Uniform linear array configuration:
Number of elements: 48
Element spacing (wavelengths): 0.25
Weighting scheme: binomial
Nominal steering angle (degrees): -30
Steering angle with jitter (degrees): -29.959
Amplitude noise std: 0.05
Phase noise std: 0.05

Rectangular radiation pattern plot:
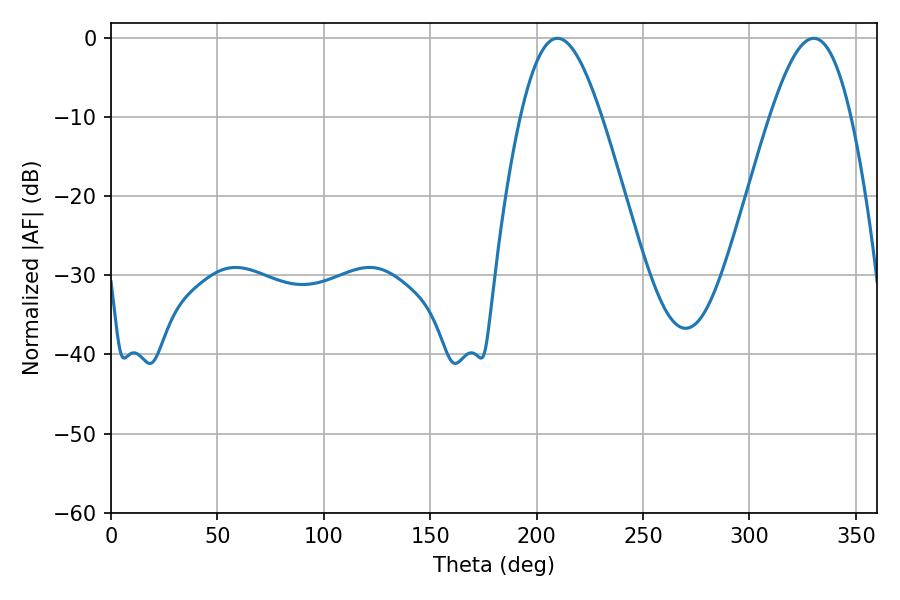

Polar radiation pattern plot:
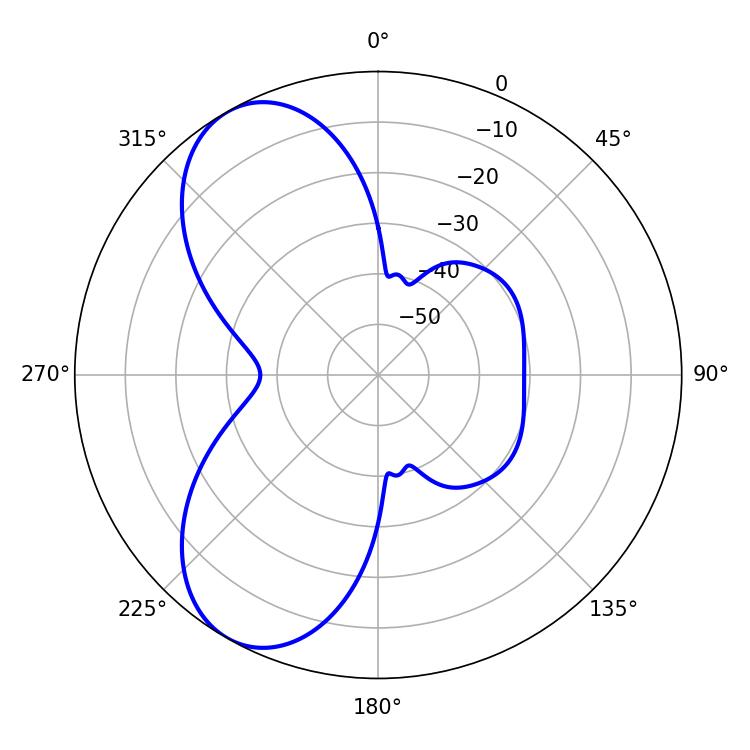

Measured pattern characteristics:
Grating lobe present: FALSE
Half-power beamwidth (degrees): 20.52
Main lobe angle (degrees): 209.7